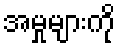
အမှုများကို